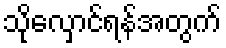
သိုလှောင်ရန်အတွက်